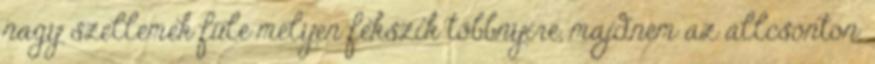
nagy szellemek füle mélyen fekszik többnyire, majdnem az állcsonton.